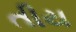
તીય